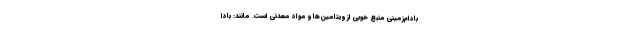
بادام‌زمینی منبع خوبی از ویتامین‌ها و مواد معدنی است. مانند: بادا